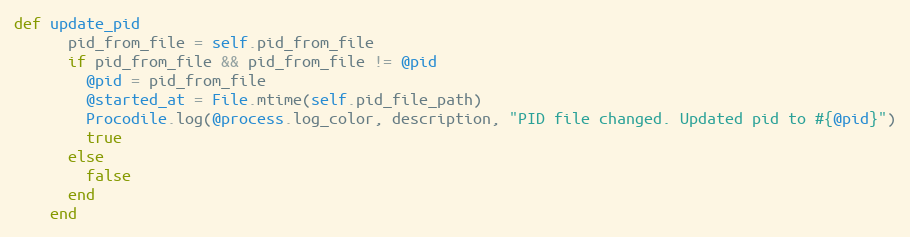
Language: Ruby
def update_pid
      pid_from_file = self.pid_from_file
      if pid_from_file && pid_from_file != @pid
        @pid = pid_from_file
        @started_at = File.mtime(self.pid_file_path)
        Procodile.log(@process.log_color, description, "PID file changed. Updated pid to #{@pid}")
        true
      else
        false
      end
    end